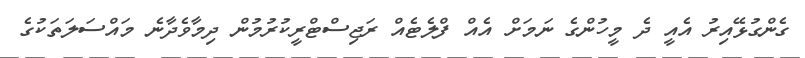
ގެންގުޅޭއިރު އެއީ ދެ މީހުންގެ ނަމަށް އެއް ފްލެޓެއް ރަޖިސްޓްރީކުރުމުން ދިމާވެދާނެ މައްސަލަތަކުގެ